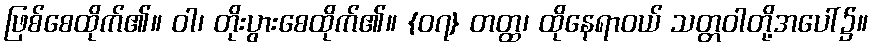
ဖြစ်စေထိုက်၏။ ဝါ၊ တိုးပွားစေထိုက်၏။ {၀၇} တတ္ထ၊ ထိုနေရာဝယ် သတ္တဝါတို့အပေါ်၌။